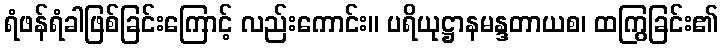
ရံဖန်ရံခါဖြစ်ခြင်းကြောင့် လည်းကောင်း။ ပရိယုဋ္ဌာနမန္ဒတာယစ၊ ထကြွခြင်း၏